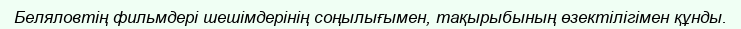
Беляловтің фильмдері шешімдерінің соңылығымен, тақырыбының өзектілігімен құнды.